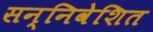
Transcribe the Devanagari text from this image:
सन्निवेशित